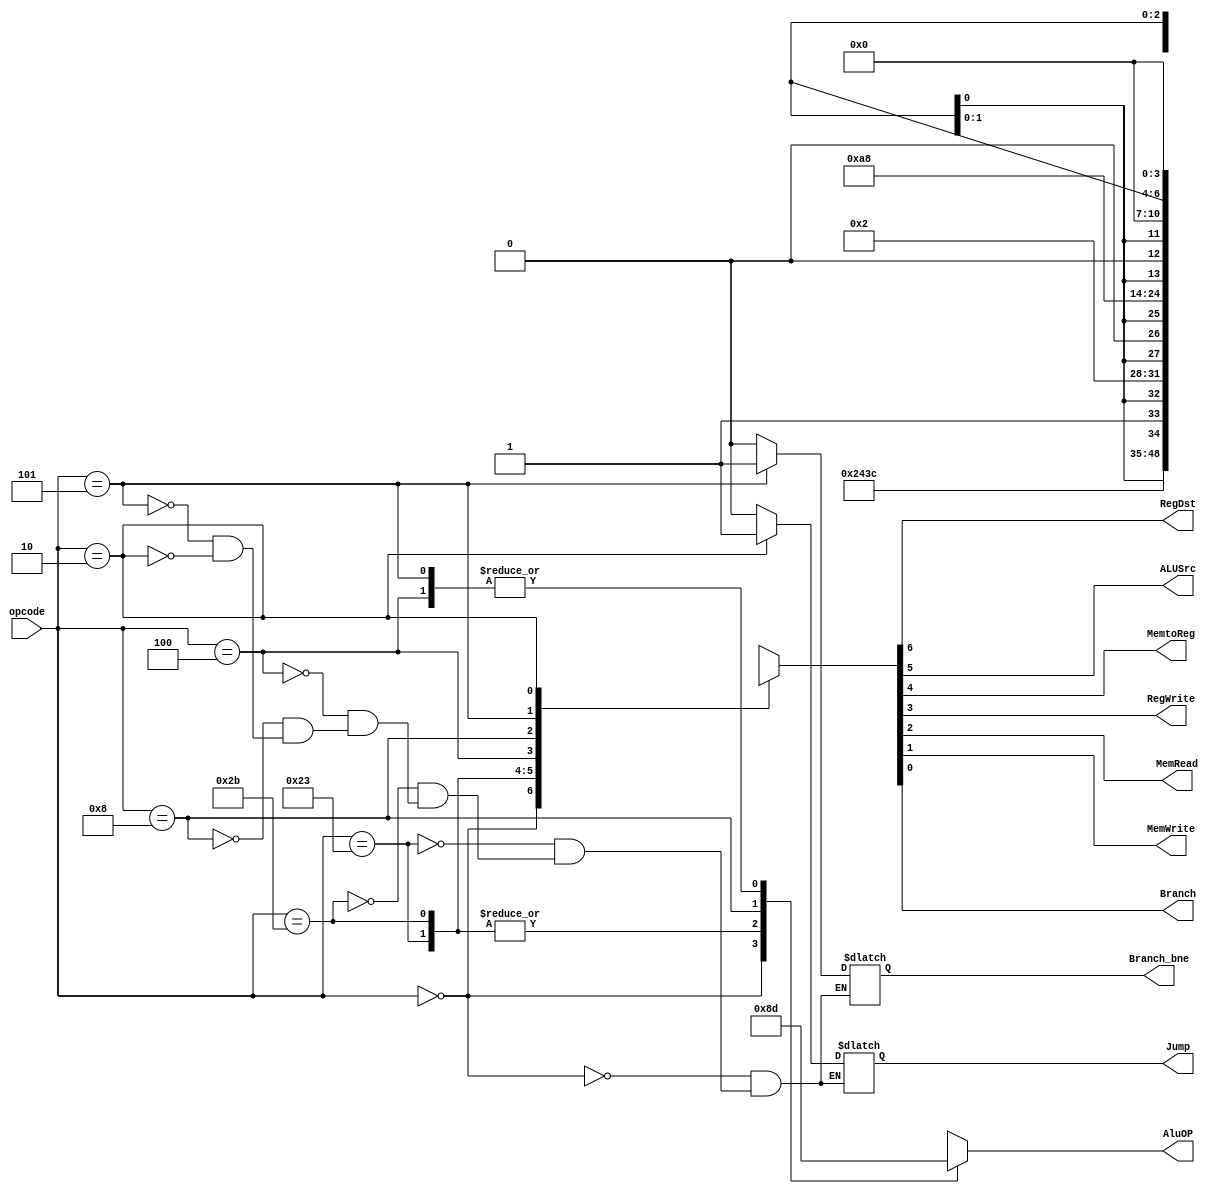
module control(opcode, RegDst, ALUSrc, MemtoReg, RegWrite, MemRead, MemWrite, Branch, Branch_bne, Jump, AluOP);

input [5:0] opcode;

output reg RegDst;
output reg ALUSrc;
output reg MemtoReg;
output reg RegWrite;
output reg MemRead;
output reg MemWrite;
output reg Branch;
output reg Branch_bne;
output reg Jump;

output reg [1:0] AluOP;

always @(opcode) begin
	case (opcode)
		6'b000000:{RegDst, ALUSrc, MemtoReg, RegWrite, MemRead, MemWrite, Branch, Branch_bne, Jump, AluOP}=11'b100100_000_10; //r
		6'b100011:{RegDst, ALUSrc, MemtoReg, RegWrite, MemRead, MemWrite, Branch, Branch_bne, Jump, AluOP}=11'b011110_000_00; //lw
		6'b101011:{RegDst, ALUSrc, MemtoReg, RegWrite, MemRead, MemWrite, Branch, Branch_bne, Jump, AluOP}=11'bx1x001_000_00; //sw
		6'b000100:{RegDst, ALUSrc, MemtoReg, RegWrite, MemRead, MemWrite, Branch, Branch_bne, Jump, AluOP}=11'bx0x000_100_01; //beq
		6'b001000:{RegDst, ALUSrc, MemtoReg, RegWrite, MemRead, MemWrite, Branch, Branch_bne, Jump, AluOP}=11'b010100_000_11; //addi - AluOP 11 for i
		6'b000101:{RegDst, ALUSrc, MemtoReg, RegWrite, MemRead, MemWrite, Branch, Branch_bne, Jump, AluOP}=11'bx0x000_010_01; //bne
		6'b000010:{RegDst, ALUSrc, MemtoReg, RegWrite, MemRead, MemWrite, Branch, Branch_bne, Jump, AluOP}=11'bxxx000_001_xx; //jump
		default:
	{RegDst,ALUSrc,MemtoReg,RegWrite,MemRead,MemWrite,Branch,AluOP}=9'bxxx_xxx_x_xx;
	endcase
end

endmodule